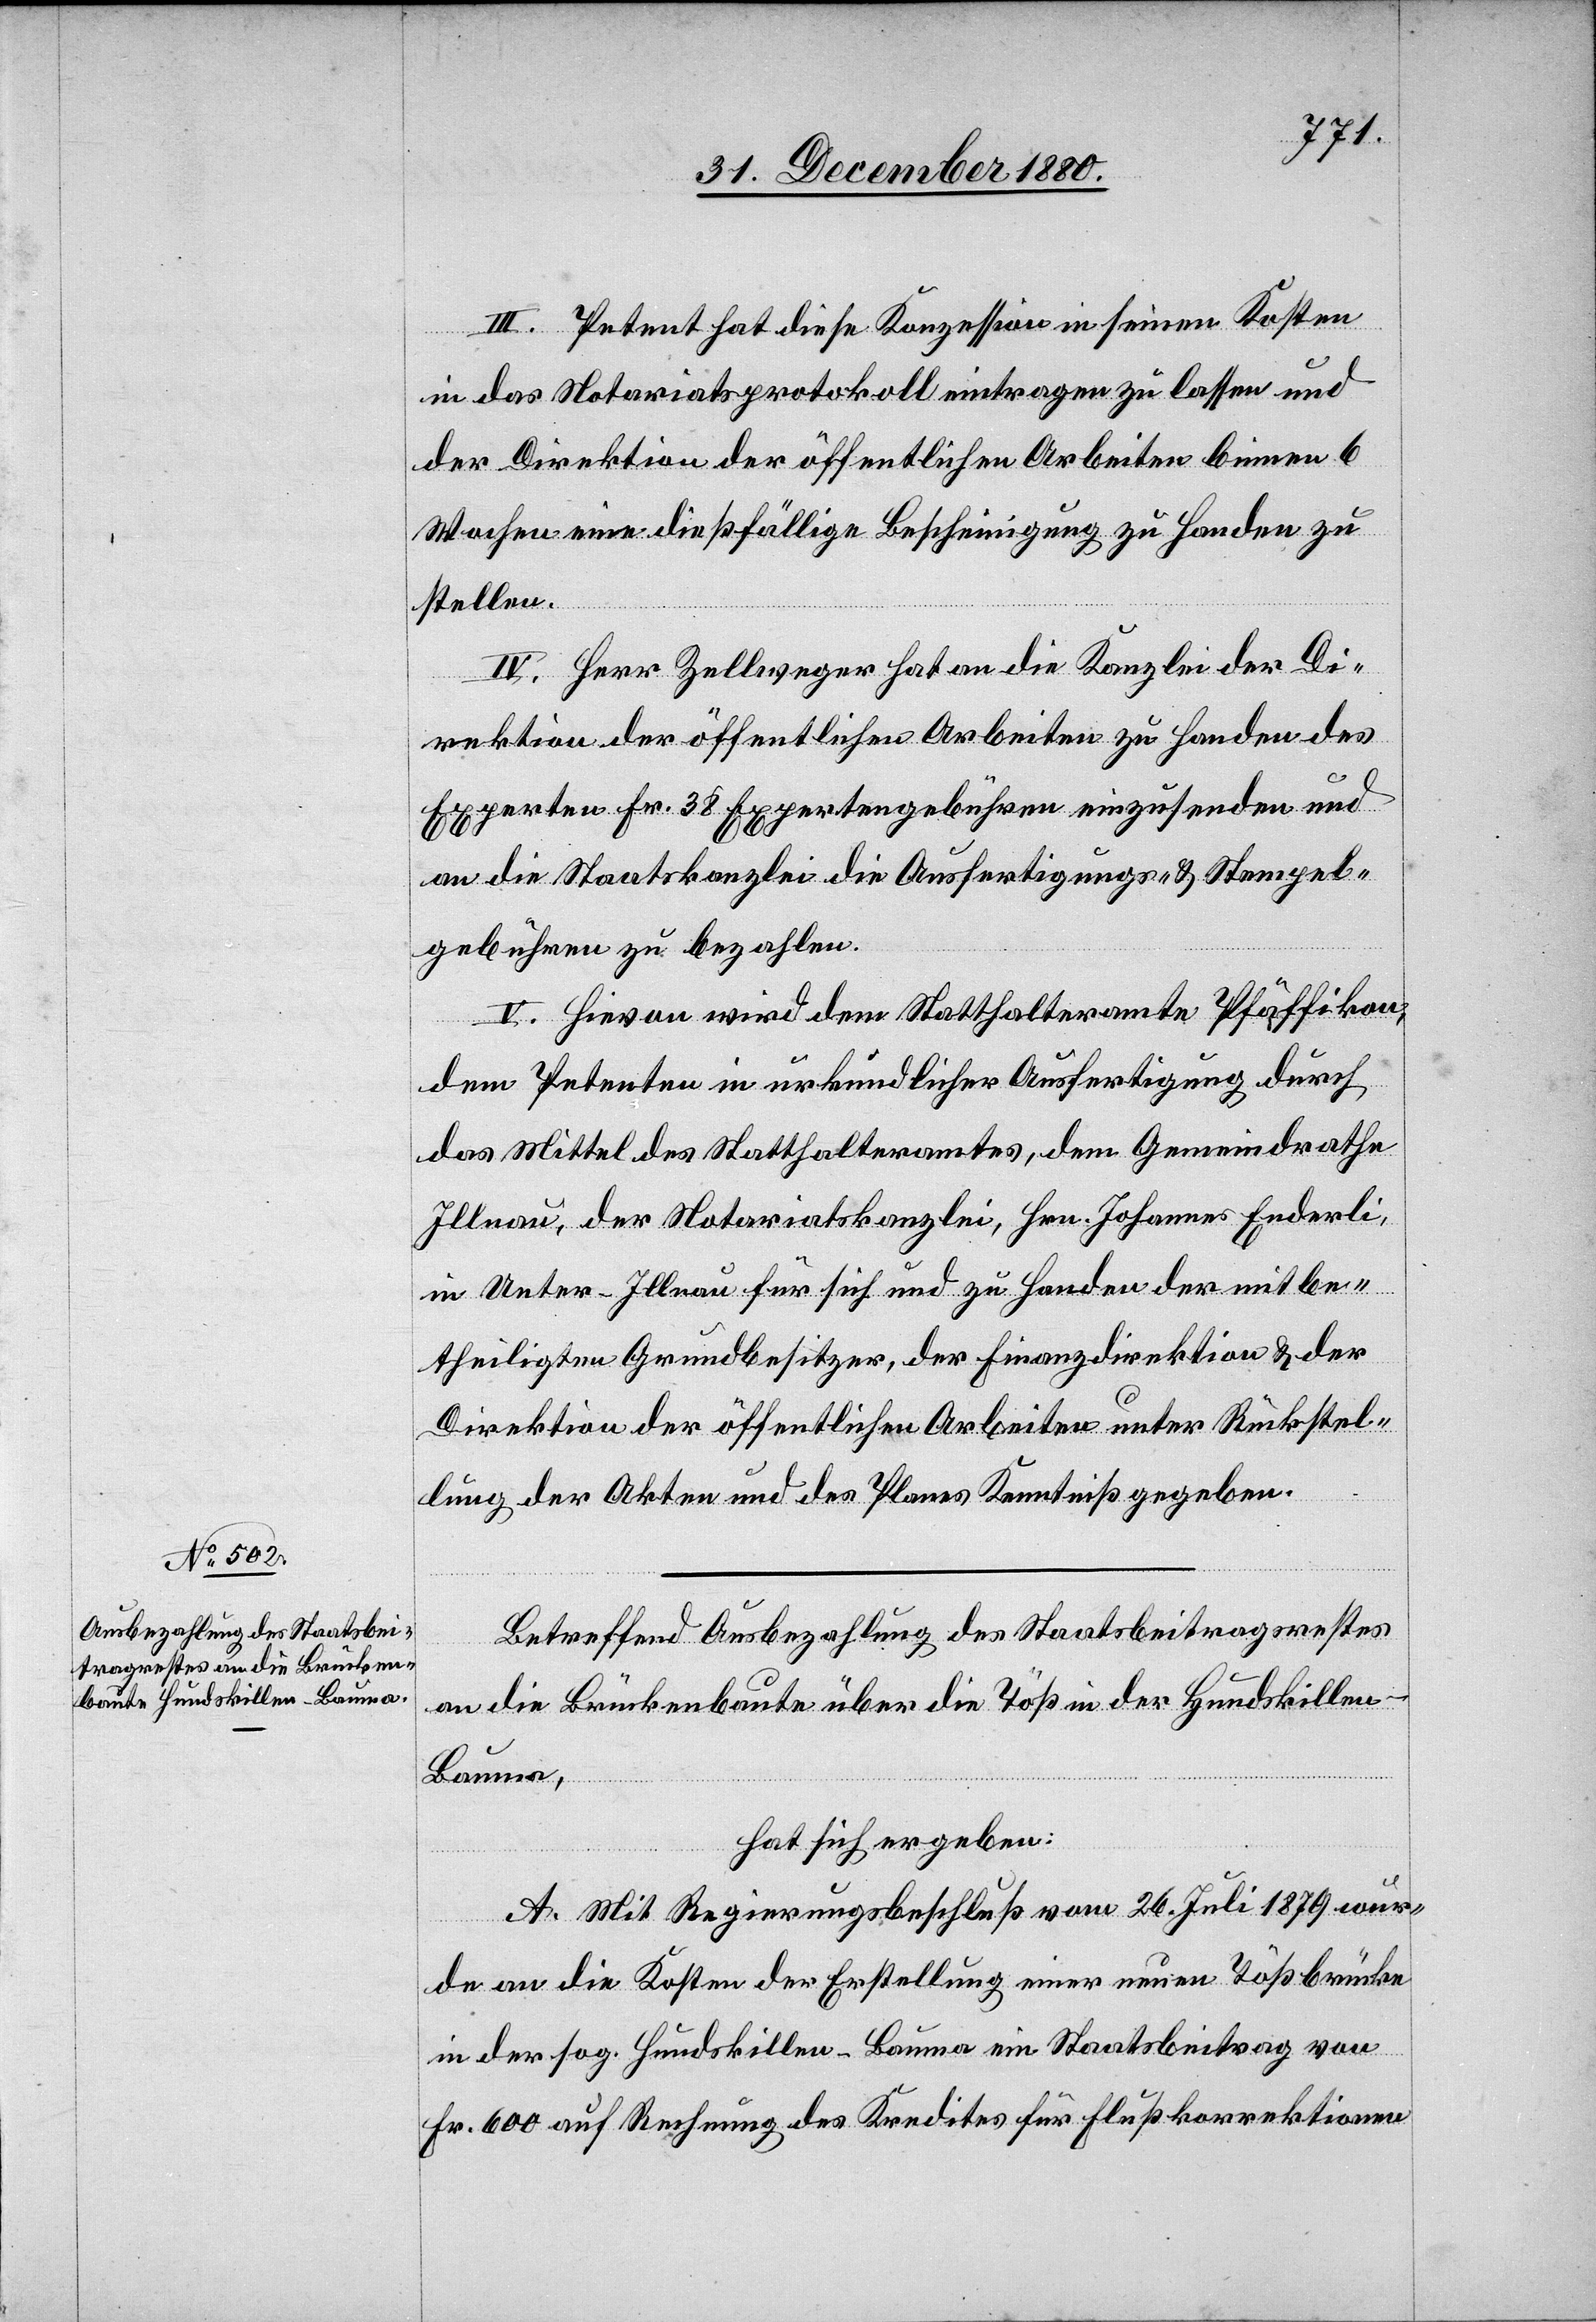
III. Petent hat diese Konzession in seinen Kosten
in das Notariatsprotokoll eintragen zu lassen und
der Direktion der öffentlichen Arbeiten binnen 6
Wochen eine dießfällige Bescheinigung zu Handen zu
stellen.
IV. Herr Zellweger hat an die Kanzlei der Di¬
rektion der öffentlichen Arbeiten zu Handen des
Experten Fr. 38 Expertengebühren einzusenden und
an die Staatskanzlei die Ausfertigungs- & Stempel¬
gebühren zu bezahlen.
V. Hievon wird dem Statthalteramte Pfäffikon,
dem Petenten in urkundlicher Ausfertigung durch
das Mittel des Statthalteramtes, dem Gemeindrathe
Illnau, der Notariatskanzlei, Hrn. Johannes Enderli,
in Unter-Illnau für sich und zu Handen der mitbe¬
theiligten Grundbesitzer, der Finanzdirektion & der
Direktion der öffentlichen Arbeiten unter Rückstel¬
lung der Akten und des Planes Kenntniß gegeben.
Betreffend Ausbezahlung des Staatsbeitragsrestes
an die Brückenbaute über die Töß in der Hundskillen -
Bauma,
hat sich ergeben:
A. Mit Regierungsbeschluß vom 26. Juli 1879 wur¬
de an die Kosten der Erstellung einer neuen Tößbrücke
in der sog. Hundskillen - Bauma ein Staatsbeitrag von
Fr. 600 auf Rechnung des Kredites für Flußkorrektionen